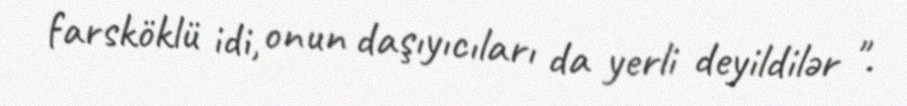
farsköklü idi, onun daşıyıcıları da yerli deyildilər ".